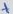
Text: +